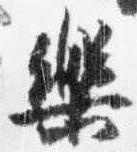
楽